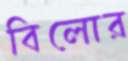
বিলোর